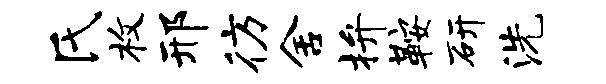
氏枚邢彷舍拚鞍研洗